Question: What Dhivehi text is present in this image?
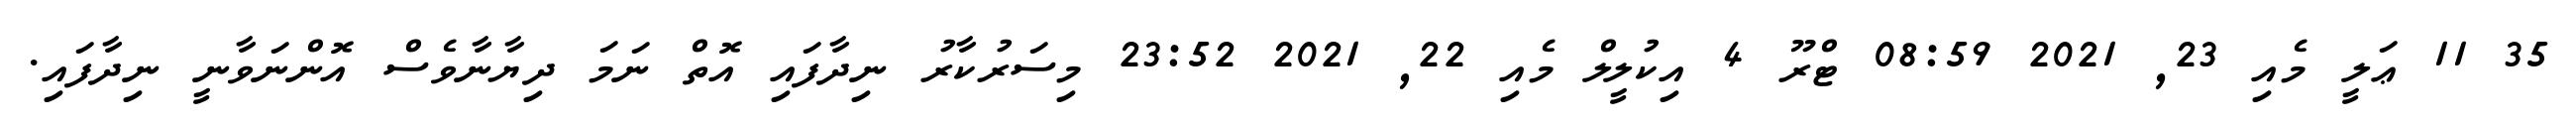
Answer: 35 11 ޢަލީ މެއި 23, 2021 08:59 ޓްރޫ 4 އިކުލީލް މެއި 22, 2021 23:52 މިސަރުކާރު ނިދާފައި އޮތް ނަމަ ދިޔާނާވެސް އޮންނަވާނީ ނިދާފައި.